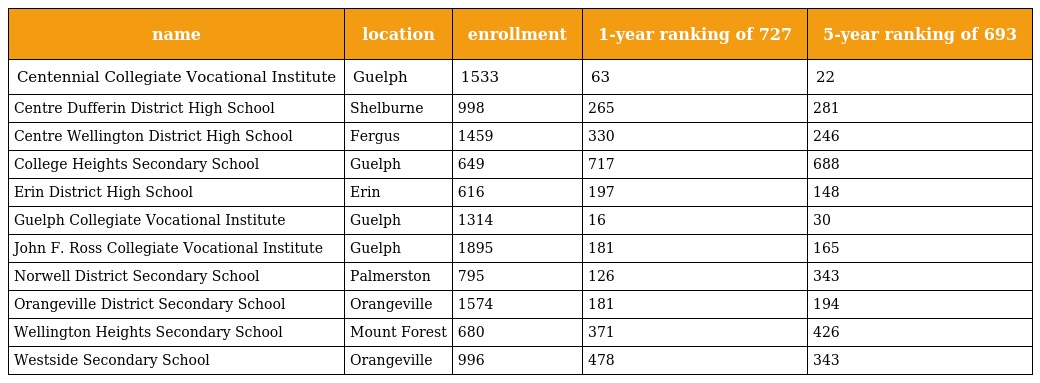
| name | location | enrollment | 1-year ranking of 727 | 5-year ranking of 693 |
 | --- | --- | --- | --- | --- |
 | Centennial Collegiate Vocational Institute | Guelph | 1533 | 63 | 22 |
 | Centre Dufferin District High School | Shelburne | 998 | 265 | 281 |
 | Centre Wellington District High School | Fergus | 1459 | 330 | 246 |
 | College Heights Secondary School | Guelph | 649 | 717 | 688 |
 | Erin District High School | Erin | 616 | 197 | 148 |
 | Guelph Collegiate Vocational Institute | Guelph | 1314 | 16 | 30 |
 | John F. Ross Collegiate Vocational Institute | Guelph | 1895 | 181 | 165 |
 | Norwell District Secondary School | Palmerston | 795 | 126 | 343 |
 | Orangeville District Secondary School | Orangeville | 1574 | 181 | 194 |
 | Wellington Heights Secondary School | Mount Forest | 680 | 371 | 426 |
 | Westside Secondary School | Orangeville | 996 | 478 | 343 |